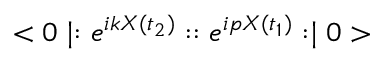
< 0 \mid : e ^ { i k X ( t _ { 2 } ) } : : e ^ { i p X ( t _ { 1 } ) } : \mid 0 >